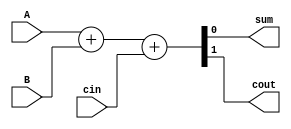
`timescale 1ns / 1ps
//////////////////////////////////////////////////////////////////////////////////
// Company: 
// Engineer: 
// 
// Design Name: 
// Module Name: FA
// Project Name: 
// Target Devices: 
// Tool Versions: 
// Description: 
// 
// Dependencies: 
// 
// Revision:
// Revision 0.01 - File Created
// Additional Comments:
// 
//////////////////////////////////////////////////////////////////////////////////



module FA(
input A,B,cin, output sum,cout
    );
    assign {cout,sum}=A+B+cin;
endmodule